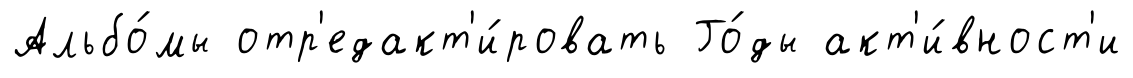
Альбо́мы отр'едакт'и́ровать Го́ды акт'и́вност'и